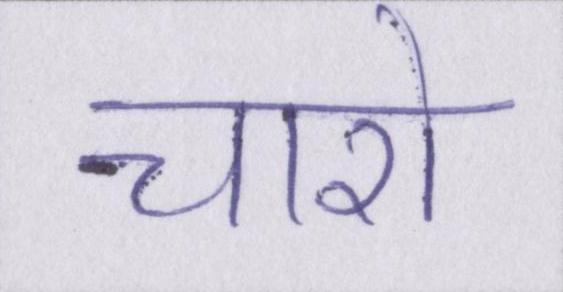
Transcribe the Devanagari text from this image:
चारो